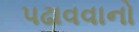
પઢાવવાનો